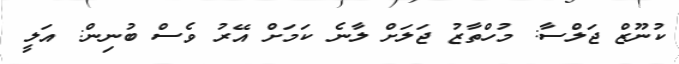
ކުނޫޒް ޖަލްސާ: މުހްތާޒު ޖަލަށް ލާނެ ކަމަށް އޭރު ވެސް ބުނިން: އަލީ